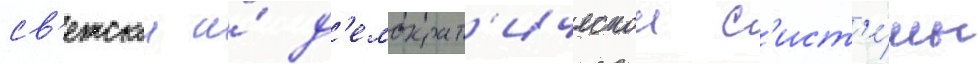
св'етскои и́ д'емократ'ическои с'ист'е́мы